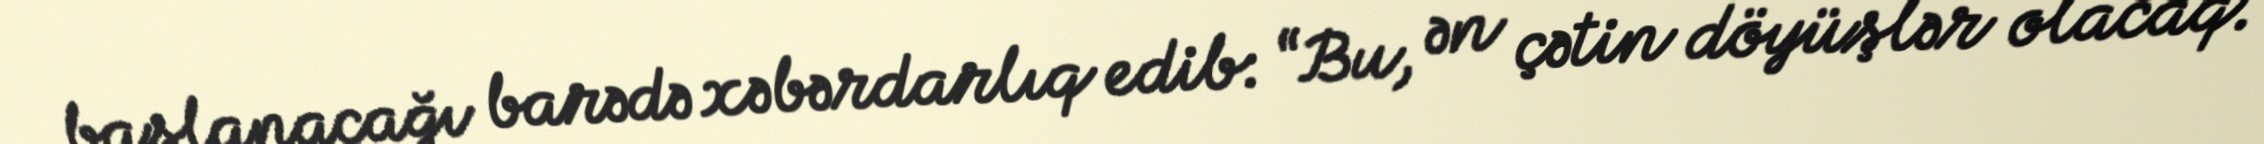
başlanacağı barədə xəbərdarlıq edib: “Bu, ən çətin döyüşlər olacaq.